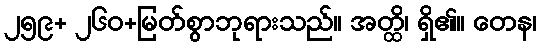
၂၅၉+ ၂၆၀+မြတ်စွာဘုရားသည်။ အတ္ထိ၊ ရှိ၏။ တေန၊